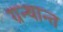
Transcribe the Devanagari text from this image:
ग्रन्थान्त